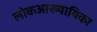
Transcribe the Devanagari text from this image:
लोकआख्यायिका